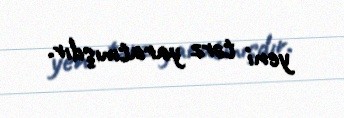
yeni tərz yaratmışdır.